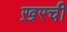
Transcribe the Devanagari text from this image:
ख़रची